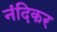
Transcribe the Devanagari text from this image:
नंदिकर